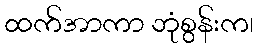
ထက်အာကာ ဘုံစွန်းက၊